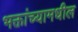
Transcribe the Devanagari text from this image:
भक्तांच्यामधील